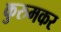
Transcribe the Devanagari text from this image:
कुरुमकर